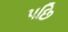
પછિ